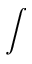
\displaystyle \int